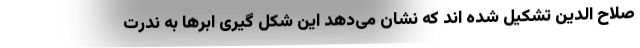
صلاح الدین تشکیل شده اند که نشان می‌دهد این شکل گیری ابر‌ها به ندرت